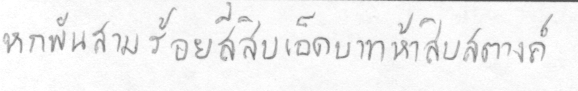
หกพันสามร้อยสี่สิบเอ็ดบาทห้าสิบสตางค์